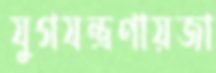
যুগযন্ত্রণায়জা